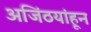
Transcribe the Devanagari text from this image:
अजिंठयांहून